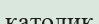
католик